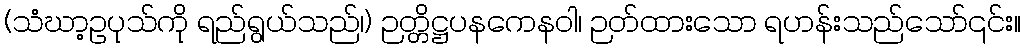
(သံဃာ့ဥပုသ်ကို ရည်ရွယ်သည်၊) ဉတ္တိဋ္ဌပနကေနဝါ၊ ဉတ်ထားသော ရဟန်းသည်သော်၎င်း။